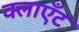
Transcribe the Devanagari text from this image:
क्लाएँट